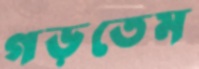
গড়তেম